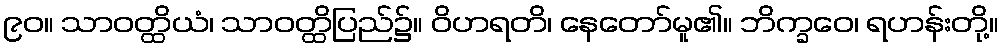
၉၀။ သာဝတ္ထိယံ၊ သာဝတ္ထိပြည်၌။ ဝိဟရတိ၊ နေတော်မူ၏။ ဘိက္ခဝေ၊ ရဟန်းတို့။